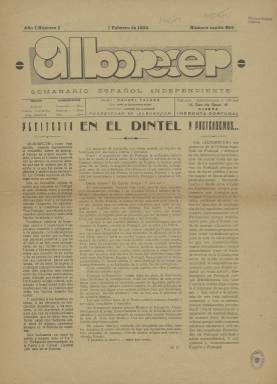
Título: Alborecer (Lisboa)
Colección: Revistas de información general
Ámbito geográfico: Portugal
Lugar de publicación: Lisboa
Fechas: 01/02/1932-01/02/1932

Periódico de españoles republicanos residentes en Portugal cuyo subtítulo era ‘semanario español independiente’. Comenzó su andadura en febrero de 1932 y tuvo una vida efímera pues solo se conocen varios números de ese año, de acuerdo con el catálogo de la Biblioteca General de la Universidad de Coimbra. La BNE solo cuenta con el primer número.

   En este primer número, el semanario se declaraba portavoz y defensor de los intereses de los españoles en Portugal y afirmaba su propósito de unir cultural y económicamente a los dos países. En uno de los artículos se llamaba nación hermana a Portugal y se animaba a acabar con viejos recelos.

El periódico, dirigido por Manuel Falcón, constaba de ocho páginas y confesaba su ideario republicano abiertamente. Prueba de ello es la reproducción de los artículos de la Constitución española de 1931, recientemente aprobada. Portugal tenía también un régimen republicano pero de signo político muy distinto, dado que en 1926 se había producido un golpe militar conservador que se consolidaría con la dictadura del primer ministro Oliveira Salazar.

  No parece que la publicación molestara al Gobierno portugués. De hecho, en la última página aparece un recuadro que informa que el primer número ha sido revisado por la censura. Sí es posible, sin embargo, que los problemas políticos y una tensión creciente entre los dos países en los primeros años 30 fueran el motivo de la corta vida del periódico, dado que su orientación era aparentemente de centro izquierda.

Aparte de los artículos relacionados con los intereses de ambos países y el ideario republicano, Alborecer dedicaba gran espacio al contenido puramente literario. También pedía un esfuerzo a los españoles residentes en Portugal para contribuir a la construcción de una Casa de los Trabajadores de España. En esos años se calcula que un 60% de los emigrantes eran de origen gallego, un 15% vecinos de Zamora y Salamanca y el resto de otras provincias españolas.

   Alborecer no fue el único periódico de la colonia española en Portugal, dado que los hubo de diferente signo político en el primer tercio del siglo XX, sobre todo desde que se proclamó la República portuguesa en 1910.

   Más información sobre la colonia española en Portugal durante esa época, especialmente gallega, así como de la prensa española editada en el país vecino, puede obtenerse en un trabajo de Carlos Pazos, de la Universidade do Minho, que puede consultarse en abierto en el repositorio de la universidad.

[Descripción publicada el 15/02/2023]